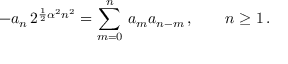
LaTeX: - a _ { n } \, 2 ^ { { \frac { 1 } { 2 } } \alpha ^ { 2 } n ^ { 2 } } = \sum _ { m = 0 } ^ { n } \, a _ { m } a _ { n - m } \, , \qquad n \geq 1 \, .